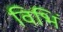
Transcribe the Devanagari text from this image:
विभिं